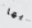
أيها